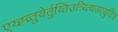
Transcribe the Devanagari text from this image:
एय्ह्व्र्तुयेर्तुय्तिउत्र्य्त्यिउएयुर्तिउ